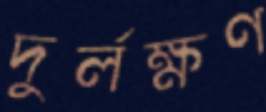
দুর্লক্ষণ